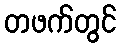
တဖက်တွင်